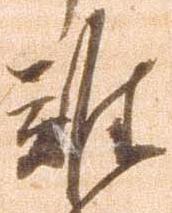
難